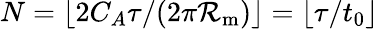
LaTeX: N=\lfloor2C_{A}\tau/(2\pi\mathcal{R}_{\mathrm{{m}}})\rfloor=\lfloor\tau/t_{0}\rfloor